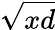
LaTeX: \sqrt{xd}